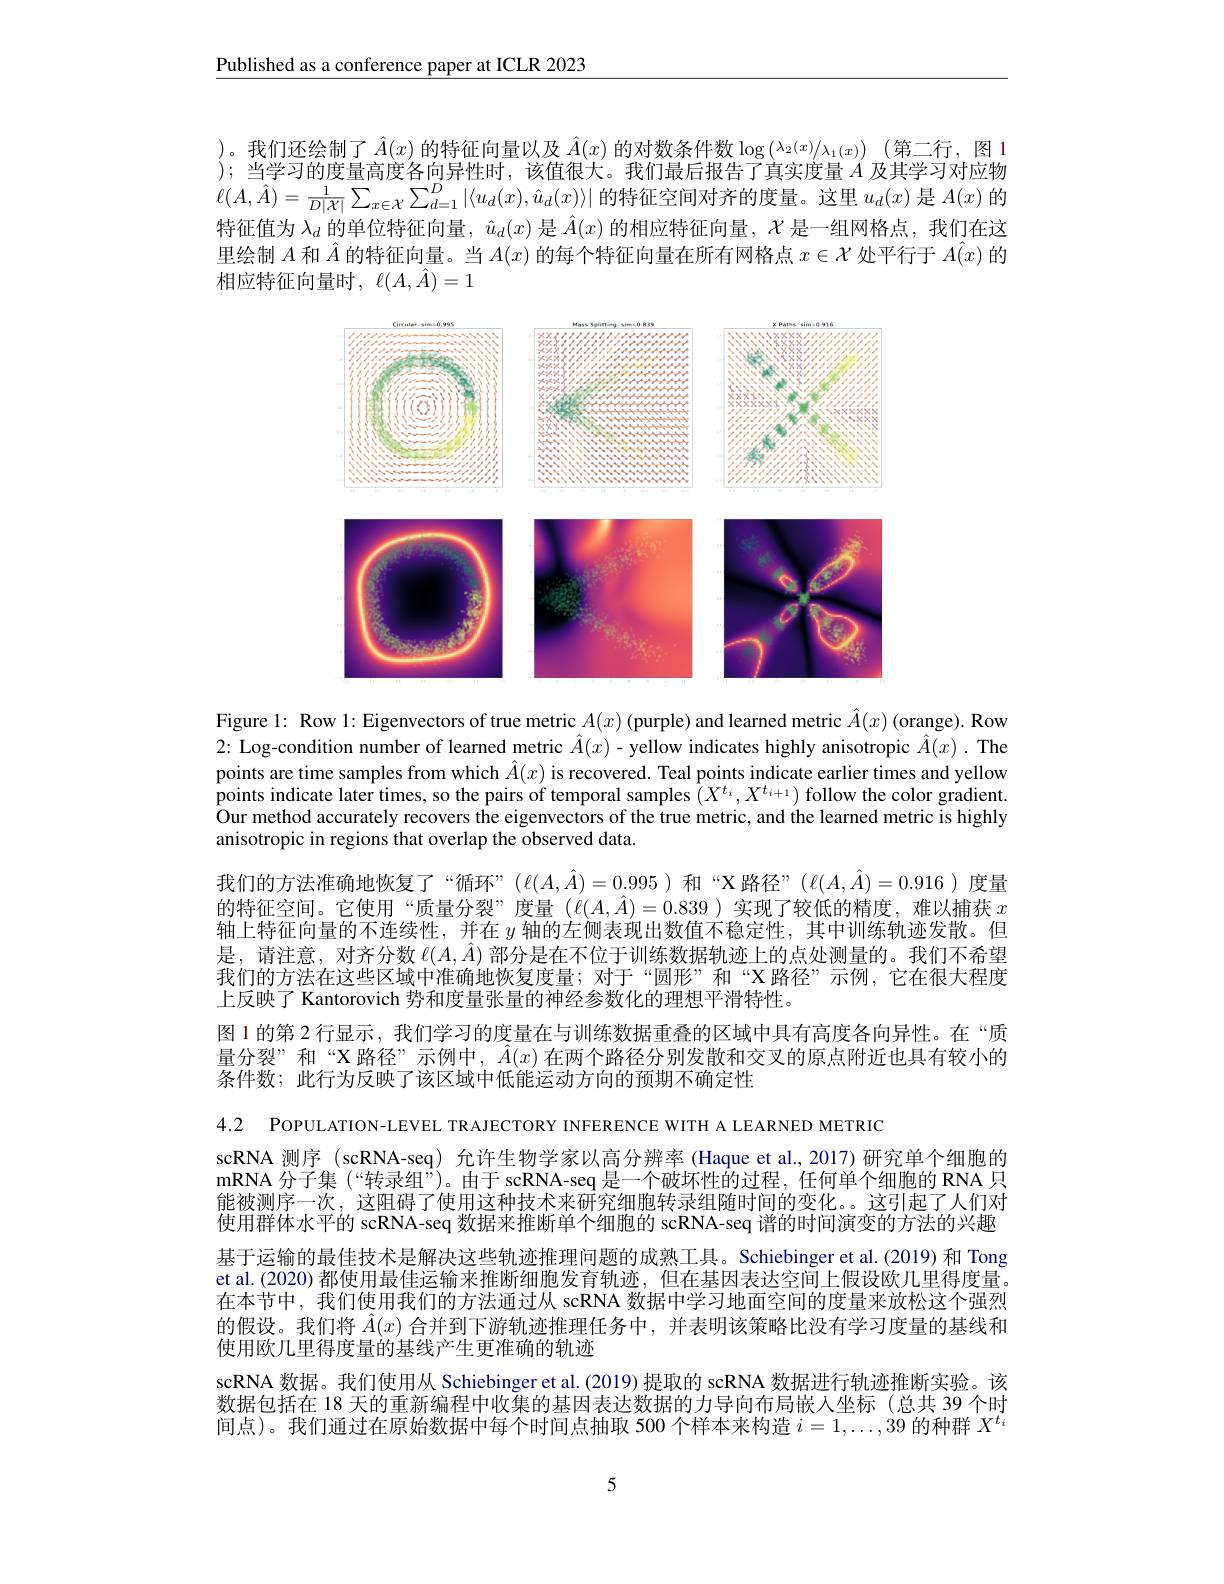
$\underline{\text{Published as a conference paper at ICLR 2023}}$

)。我们还绘制了$\hat{A}(x)$的特征向量以及 $\hat{A}(x)$ 的对数条件数$\log\left(\lambda_2(x)/\lambda_1(x)\right)$(第二行，图1 );当学习的度量高度各向异性时，该值很大。我们最后报告了真实度量$A$及其学习对应物$\ell(A,\hat{A})=\frac{1}{D|X|}\sum_{x\in\mathcal{X}}\sum_{d=1}^{D}\left|\langle u_{d}(x),\hat{u}_{d}(x)\rangle\right|$的特征空间对齐的度量。这里$u_d(x)$是$A(x)$的特征值为$\lambda_d$的单位特征向量，$\hat{u}_d(x)$是$\hat{A}(x)$的相应特征向量，$\mathcal{X}$是一组网格点，我们在这里绘制$A$和$\hat{A}$的特征向量。当$A(x)$的每个特征向量在所有网格点$x\in\mathcal{X}$处平行于$\hat{A(x)\text{ 的}}$ 相应特征向量时，$\ell ( A, \hat{A} ) = 1$

<FigureHere>

Figure 1: Row 1: Eigenvectors of true metric $A(x)$ (purple) and learned metric $\hat{A}(x)$ (orange). Row 2: Log-condition number of learned metric $\hat{A}(x)$ - yellow indicates highly anisotropic $\hat{A}(x).$ The points are time samples from which $\hat{A}(x)$ is recovered. Teal points indicate earlier times and yellow points indicate later times, so the pairs of temporal samples $(X^{t_i},X^{t_{i+1}})$ follow the color gradient. Our method accurately recovers the eigenvectors of the true metric, and the learned metric is highly anisotropic in regions that overlap the observed data.
我们的方法准确地恢复了“循环”($\ell(A,\hat{A})=0.995)和“X路径”(\ell(A,\hat{A})=0.916)度量$ 的特征空间。它使用“质量分裂”度量($\ell(A,\hat{A})=0.839$)实现了较低的精度，难以捕获$x$ 轴上特征向量的不连续性，并在$y$轴的左侧表现出数值不稳定性，其中训练轨迹发散。但是，请注意，对齐分数$\ell(A,\hat{A})$部分是在不位于训练数据轨迹上的点处测量的。我们不希望我们的方法在这些区域中准确地恢复度量；对于“圆形”和“X路径”示例，它在很大程度上反映了 Kantorovich 势和度量张量的神经参数化的理想平滑特性。
图 1 的第 2 行显示 , 我们学习的度量在与训练数据重叠的区域中具有高度各向异性。在“质量分裂”和“X 路径”示例中，$\hat{A}(x)$在两个路径分别发散和交叉的原点附近也具有较小的条件数；此行为反映了该区域中低能运动方向的预期不确定性

4.2 POPULATION-LEVEL TRAJECTORY INFERENCE WITH A LEARNED METRIC
scRNA 测序 (scRNA-seq) 允许生物学家以高分辨率 (Haque et al.,2017)研究单个细胞的mRNA 分子集 (“转录组”)。由于 scRNA-seq 是一个破坏性的过程，任何单个细胞的 RNA 只能被测序一次，这阻碍了使用这种技术来研究细胞转录组随时间的变化。。这引起了人们对使用群体水平的 scRNA-seq 数据来推断单个细胞的 scRNA-seq 谱的时间演变的方法的兴趣基于运输的最佳技术是解决这些轨迹推理问题的成熟工具。Schiebinger et al.(2019) 和 Tong et al. (2020) 都使用最佳运输来推断细胞发育轨迹，但在基因表达空间上假设欧几里得度量。在本节中，我们使用我们的方法通过从 scRNA 数据中学习地面空间的度量来放松这个强烈的假设。我们将$\hat{A}(x)$合并到下游轨迹推理任务中，并表明该策略比没有学习度量的基线和使用欧几里得度量的基线产生更准确的轨迹
scRNA 数据。我们使用从 Schiebinger et al. (2019) 提取的 scRNA 数据进行轨迹推断实验。该数据包括在 18 天的重新编程中收集的基因表达数据的力导向布局嵌入坐标(总共 39个时间点)。我们通过在原始数据中每个时间点抽取 500 个样本来构造$i=1,\ldots,39$的种群$X^t_i$

5